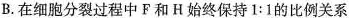
B.在细胞分裂过程中F和H始终保持$$1:1$$的比例关系